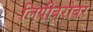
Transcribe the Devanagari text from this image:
लिपीबरोबर